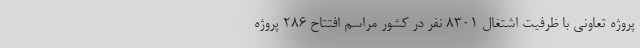
پروژه تعاونی با ظرفیت اشتغال 8301 نفر در کشور مراسم افتتاح 286 پروژه